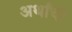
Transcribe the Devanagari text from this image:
अर्थांची